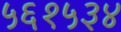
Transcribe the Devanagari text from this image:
५६१५३४